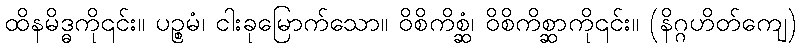
ထိနမိဒ္ဓကို၎င်း။ ပဉ္စမံ၊ ငါးခုမြောက်သော။ ဝိစိကိစ္ဆံ၊ ဝိစိကိစ္ဆာကို၎င်း။ (နိဂ္ဂဟိတ်ကျေ)